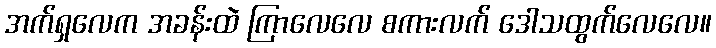
အက်ရှလေက အခန်းထဲ ကြာလေလေ စကားလက် ဒေါသထွက်လေလေ။